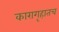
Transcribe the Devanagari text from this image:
कारागृहातच